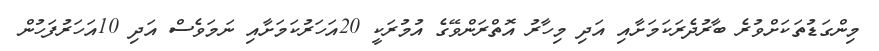
މިންގަޑުތަކަށްވުރެ ބާރުދެރަކަމަށާއި އަދި މިހާރު އޮތްރަންވޭގެ އުމުރަކީ 20އަހަރުކަމަށާއި ނަމަވެސް އަދި 10އަހަރުފަހުން